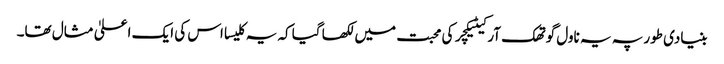
بنیادی طور پہ یہ ناول گوتھک آرکیٹیکچر کی محبت میں لکھا گیا کہ یہ کلیسا اس کی ایک اعلیٰ مثال تھا۔